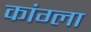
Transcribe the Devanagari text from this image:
कांग्ला